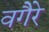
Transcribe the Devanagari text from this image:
वगैेरे